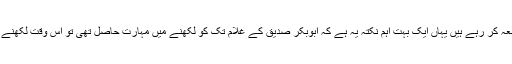
ہم تحریر کی روایت کا مطالعہ کر رہے ہیں یہاں ایک بہت اہم نکتہ یہ ہے کہ ابوبکر صدیقؓ کے غلام تک کو لکھنے میں مہارت حاصل تھی تو اُس وقت لکھنے کی روایت کتنی عام ہو گی!